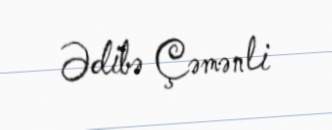
Ədibə Çəmənli